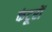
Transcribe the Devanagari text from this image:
कंटूरों